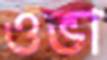
ওভা